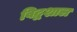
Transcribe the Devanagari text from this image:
विद्वशाल